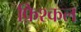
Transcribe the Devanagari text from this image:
फ़िश्कल